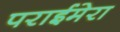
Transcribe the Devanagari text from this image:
पराईमेरा